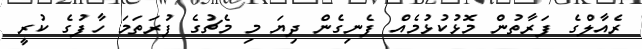
ރެއާލްގެ ފަރާތުން މޮޅުކުޅުމެއް ފެނިގެން ދިޔަ މި މެޗުގެ ފުރަތަމަ ހާފުގެ ކުރީ